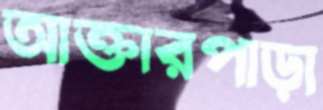
আক্তারপাড়া